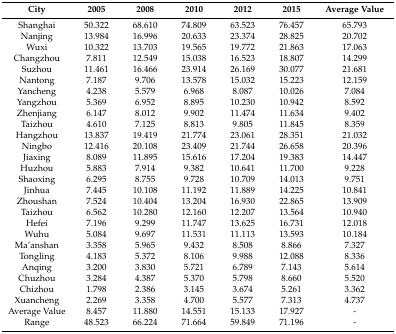
<table><thead><tr><td><b>City</b></td><td><b>2005</b></td><td><b>2008</b></td><td><b>2010</b></td><td><b>2012</b></td><td><b>2015</b></td><td><b>Average Value</b></td></tr></thead><tbody><tr><td>Shanghai</td><td>50.322</td><td>68.610</td><td>74.809</td><td>63.523</td><td>76.457</td><td>65.793</td></tr><tr><td>Nanjing</td><td>13.984</td><td>16.996</td><td>20.633</td><td>23.374</td><td>28.825</td><td>20.702</td></tr><tr><td>Wuxi</td><td>10.322</td><td>13.703</td><td>19.565</td><td>19.772</td><td>21.863</td><td>17.063</td></tr><tr><td>Changzhou</td><td>7.811</td><td>12.549</td><td>15.038</td><td>16.523</td><td>18.807</td><td>14.299</td></tr><tr><td>Suzhou</td><td>11.461</td><td>16.466</td><td>23.914</td><td>26.169</td><td>30.077</td><td>21.681</td></tr><tr><td>Nantong</td><td>7.187</td><td>9.706</td><td>13.578</td><td>15.032</td><td>15.223</td><td>12.159</td></tr><tr><td>Yancheng</td><td>4.238</td><td>5.579</td><td>6.968</td><td>8.087</td><td>10.026</td><td>7.084</td></tr><tr><td>Yangzhou</td><td>5.369</td><td>6.952</td><td>8.895</td><td>10.230</td><td>10.942</td><td>8.592</td></tr><tr><td>Zhenjiang</td><td>6.147</td><td>8.012</td><td>9.902</td><td>11.474</td><td>11.634</td><td>9.402</td></tr><tr><td>Taizhou</td><td>4.610</td><td>7.125</td><td>8.813</td><td>9.805</td><td>11.845</td><td>8.359</td></tr><tr><td>Hangzhou</td><td>13.837</td><td>19.419</td><td>21.774</td><td>23.061</td><td>28.351</td><td>21.032</td></tr><tr><td>Ningbo</td><td>12.416</td><td>20.108</td><td>23.409</td><td>21.744</td><td>26.658</td><td>20.396</td></tr><tr><td>Jiaxing</td><td>8.089</td><td>11.895</td><td>15.616</td><td>17.204</td><td>19.383</td><td>14.447</td></tr><tr><td>Huzhou</td><td>5.883</td><td>7.914</td><td>9.382</td><td>10.641</td><td>11.700</td><td>9.228</td></tr><tr><td>Shaoxing</td><td>6.295</td><td>8.755</td><td>9.728</td><td>10.709</td><td>14.013</td><td>9.751</td></tr><tr><td>Jinhua</td><td>7.445</td><td>10.108</td><td>11.192</td><td>11.889</td><td>14.225</td><td>10.841</td></tr><tr><td>Zhoushan</td><td>7.524</td><td>10.404</td><td>13.204</td><td>16.930</td><td>22.865</td><td>13.909</td></tr><tr><td>Taizhou</td><td>6.562</td><td>10.280</td><td>12.160</td><td>12.207</td><td>13.564</td><td>10.940</td></tr><tr><td>Hefei</td><td>7.196</td><td>9.299</td><td>11.747</td><td>13.625</td><td>16.731</td><td>12.018</td></tr><tr><td>Wuhu</td><td>5.084</td><td>9.697</td><td>11.531</td><td>11.113</td><td>13.593</td><td>10.184</td></tr><tr><td>Ma’anshan</td><td>3.358</td><td>5.965</td><td>9.432</td><td>8.508</td><td>8.866</td><td>7.327</td></tr><tr><td>Tongling</td><td>4.183</td><td>5.372</td><td>8.106</td><td>9.988</td><td>12.088</td><td>8.336</td></tr><tr><td>Anqing</td><td>3.200</td><td>3.830</td><td>5.721</td><td>6.789</td><td>7.143</td><td>5.614</td></tr><tr><td>Chuzhou</td><td>3.284</td><td>4.387</td><td>5.370</td><td>5.798</td><td>8.660</td><td>5.520</td></tr><tr><td>Chizhou</td><td>1.798</td><td>2.386</td><td>3.145</td><td>3.674</td><td>5.261</td><td>3.362</td></tr><tr><td>Xuancheng</td><td>2.269</td><td>3.358</td><td>4.700</td><td>5.577</td><td>7.313</td><td>4.737</td></tr><tr><td>Average Value</td><td>8.457</td><td>11.880</td><td>14.551</td><td>15.133</td><td>17.927</td><td>-</td></tr><tr><td>Range</td><td>48.523</td><td>66.224</td><td>71.664</td><td>59.849</td><td>71.196</td><td>-</td></tr></tbody></table>